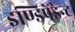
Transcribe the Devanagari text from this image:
इण्डिपेंडेन्ट